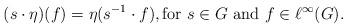
LaTeX: \begin{align*}(s \cdot \eta)(f) = \eta(s^{-1} \cdot f), \textrm{for $s \in G$ and $f \in \ell^\infty(G)$}.\end{align*}